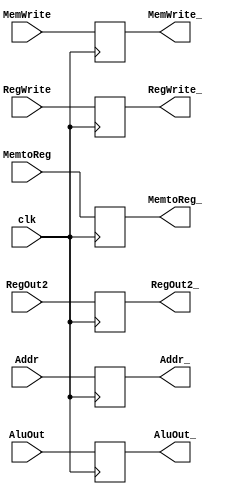
module EXMEM(clk, MemtoReg, RegWrite, MemWrite, RegOut2, AluOut, Addr, MemtoReg_, RegWrite_, MemWrite_, RegOut2_, AluOut_, Addr_);
input MemtoReg, RegWrite, MemWrite, clk;
input [31:0] RegOut2, AluOut;
input [4:0] Addr;

output reg MemtoReg_, RegWrite_, MemWrite_;
output reg [31:0] RegOut2_, AluOut_;
output reg [4:0] Addr_;

always@(posedge clk) begin
    MemtoReg_ = MemtoReg;
    RegWrite_ = RegWrite;
    MemWrite_ = MemWrite;
    RegOut2_ = RegOut2;
    AluOut_ = AluOut;
    Addr_ = Addr;
end
endmodule